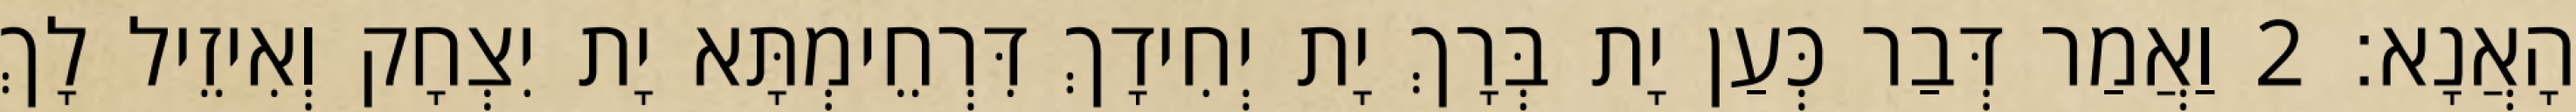
הָאֲנָא׃ 2 וַאֲמַר דְּבַר כְּעַן יָת בְּרָךְ יָת יְחִידָךְ דִּרְחֵימְתָּא יָת יִצְחָק וְאִיזֵיל לָךְ